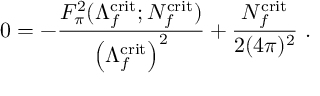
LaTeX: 0 = - \frac { F _ { \pi } ^ { 2 } ( \Lambda _ { f } ^ { \mathrm { c r i t } } ; N _ { f } ^ { \mathrm { c r i t } } ) } { \left( \Lambda _ { f } ^ { \mathrm { c r i t } } \right) ^ { 2 } } + \frac { N _ { f } ^ { \mathrm { c r i t } } } { 2 ( 4 \pi ) ^ { 2 } } \ .